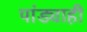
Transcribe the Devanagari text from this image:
पांड्याही